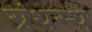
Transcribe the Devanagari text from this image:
ग्रंथस्थ